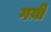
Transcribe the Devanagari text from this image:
गय़ी